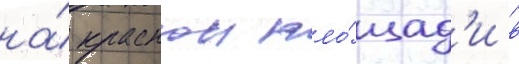
на́ краснои пло́щад'и в